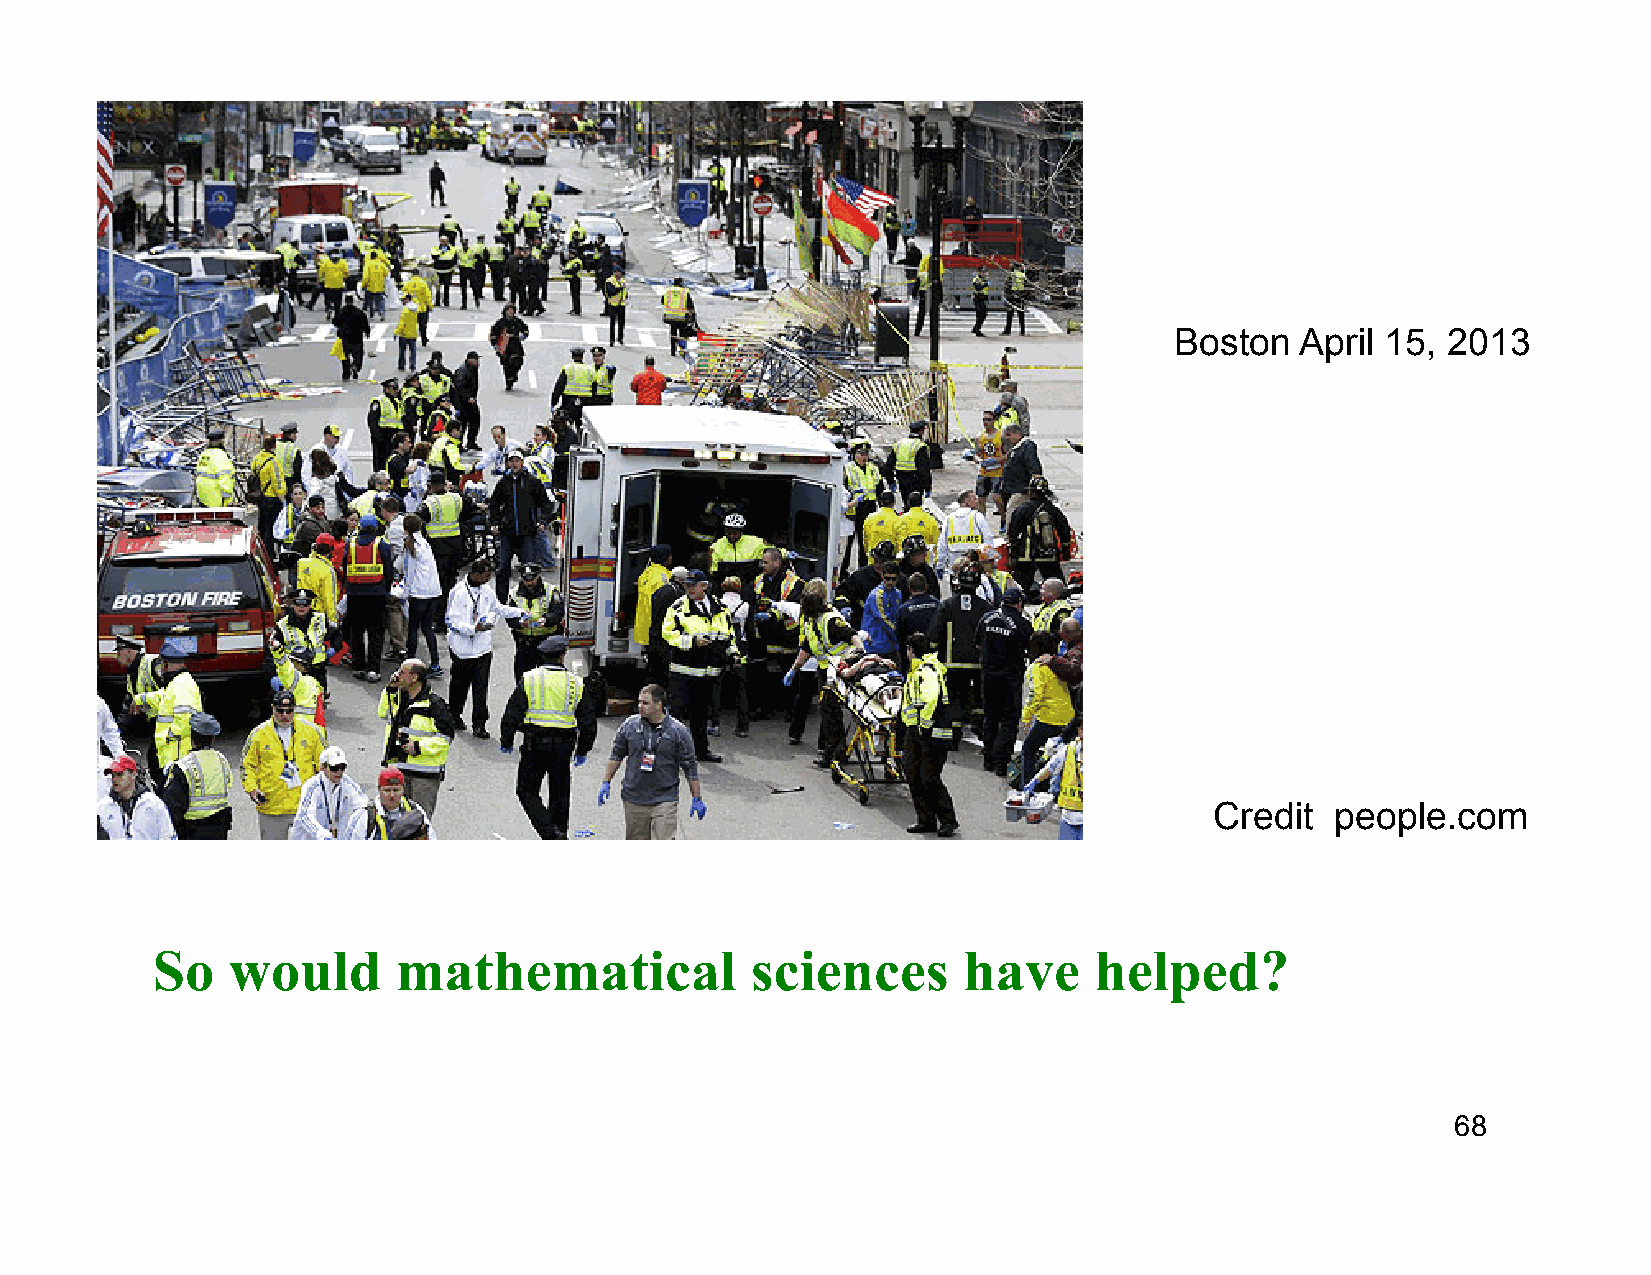
Boston  April 15, 2013
 Credit  people.com
 So   would      mathematical            sciences      have    helped?
 68